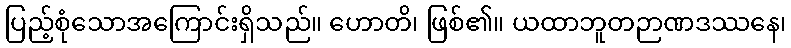
ပြည့်စုံသောအကြောင်းရှိသည်။ ဟောတိ၊ ဖြစ်၏။ ယထာဘူတဉာဏဒဿနေ၊